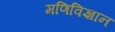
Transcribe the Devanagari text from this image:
मणिविज्ञान